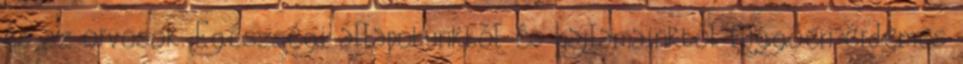
és az orvosok. Egészségi állapotunktól és hajlamainktól függően érdemes